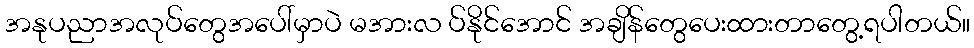
အနုပညာအလုပ်တွေအပေါ်မှာပဲ မအားလ ပ်နိုင်အောင် အချိန်တွေပေးထားတာတွေ့ရပါတယ်။